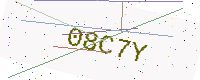
Text: 08C7Y